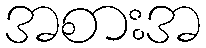
အစားအ